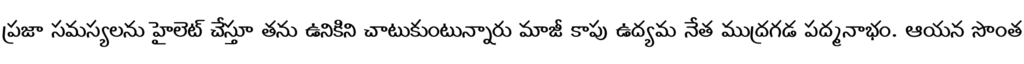
ప్రజా సమస్యలను హైలెట్ చేస్తూ తను ఉనికిని చాటుకుంటున్నారు మాజీ కాపు ఉద్యమ నేత ముద్రగడ పద్మనాభం. ఆయన సొంత